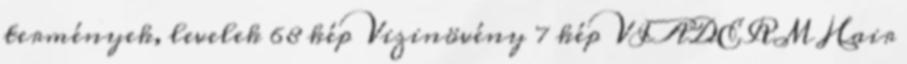
termények, levelek 68 kép Vizinövény 7 kép VIADERM Hair